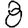
Digit: 8